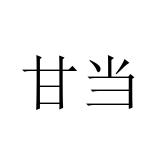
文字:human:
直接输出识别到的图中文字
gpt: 甘当